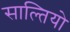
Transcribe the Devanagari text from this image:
साल्तियो